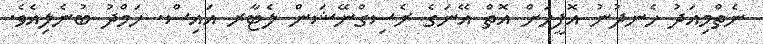
ނެތްމިއަދު ހެނދުނު އޮފީހަށް އޮތް އޭނަގެ ރެސިގްނޭޝަން ލެޓާރ އައިސް. ހަމްދު ބުނެލިއެވެ.